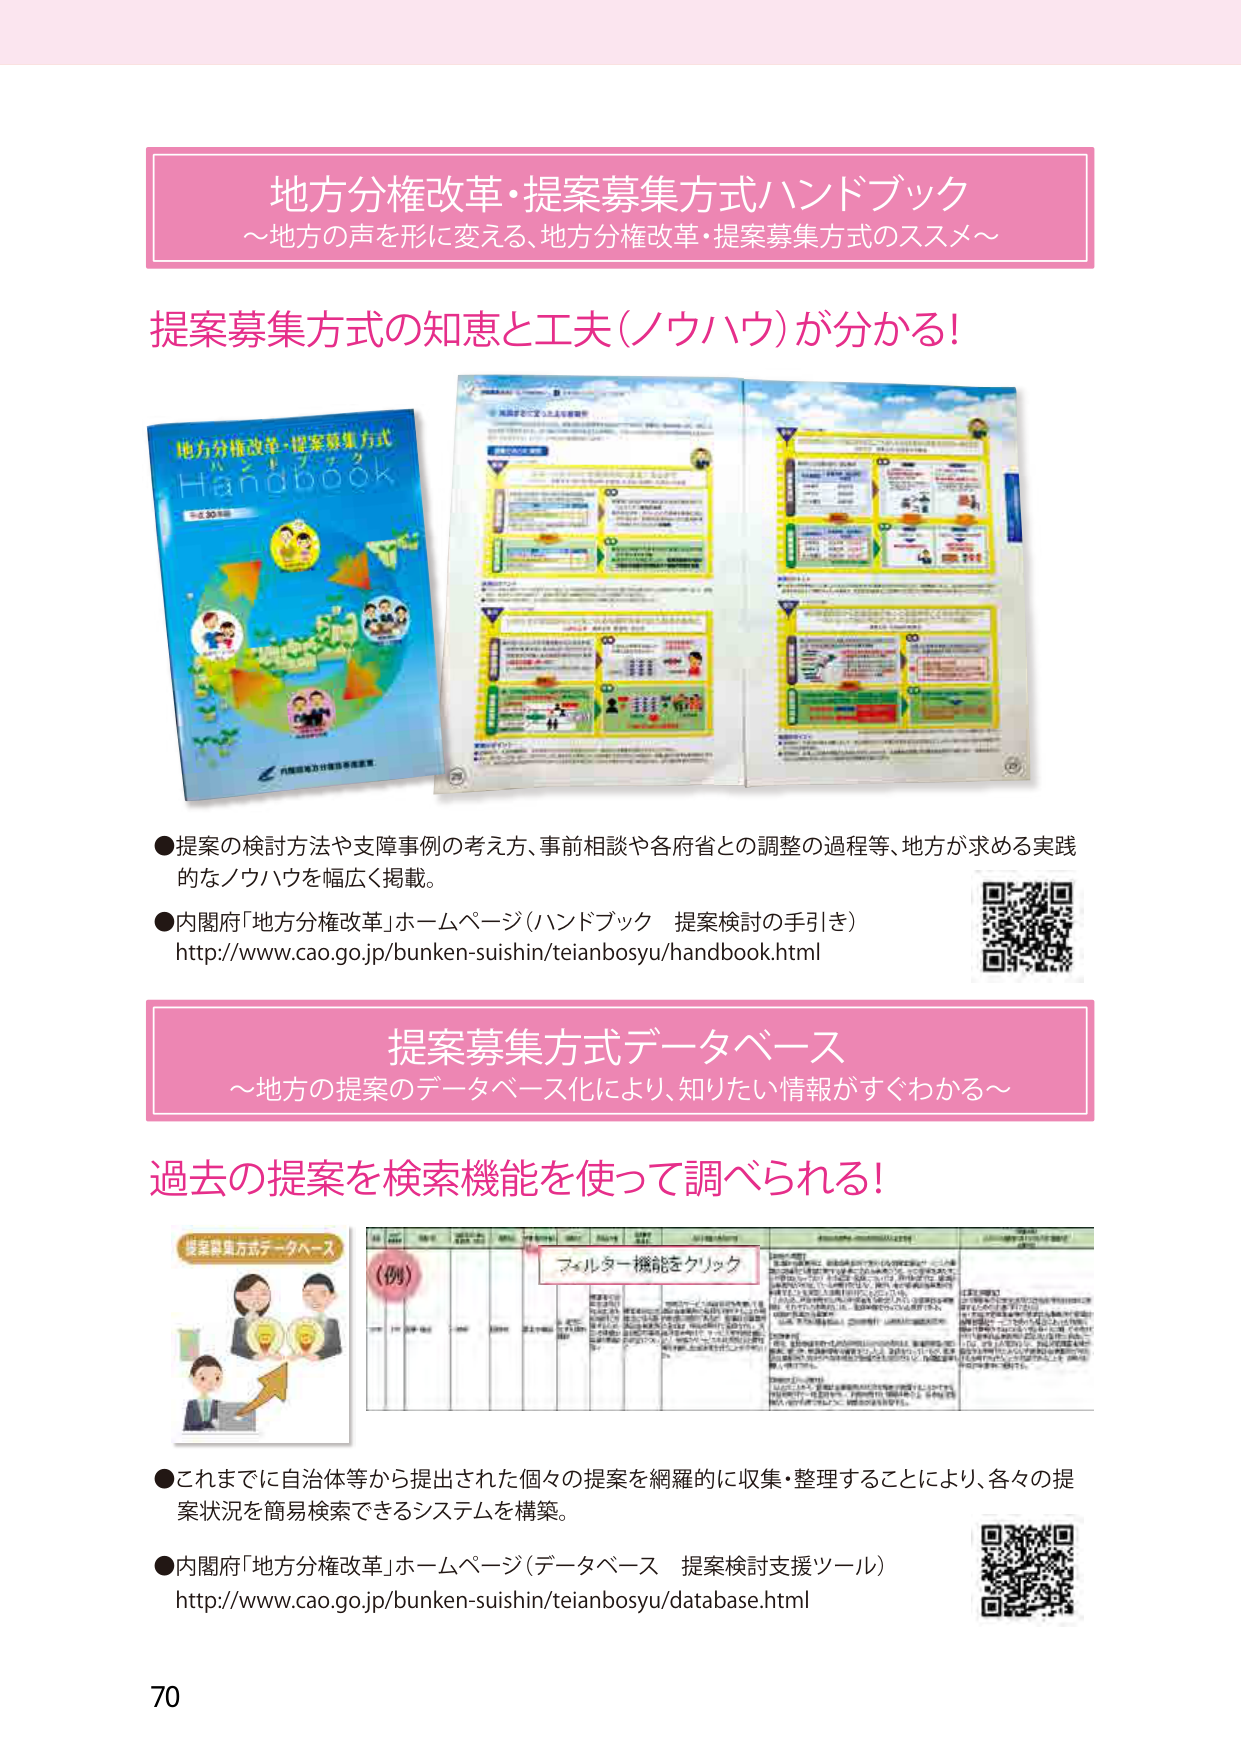
地方分権改革・提案募集方式ハンドブック
～地方の声を形に変える、地方分権改革・提案募集方式のススメ～

提案募集方式の知恵と工夫（ノウハウ）が分かる！

地方分権改革・提案募集方式
ハンドブック
Handbook
～全30項目～
内閣府地方分権推進事務局

●提案の検討方法や支障事例の考え方、事前相談や各府省との調整の過程等、地方が求める実践的なノウハウを幅広く掲載。
●内閣府「地方分権改革」ホームページ（ハンドブック 提案検討の手引き）
http://www.cao.go.jp/bunken-suishin/teianbosyu/handbook.html

提案募集方式データベース
～地方の提案のデータベース化により、知りたい情報がすぐわかる～

過去の提案を検索機能を使って調べられる！

提案募集方式データベース
（例）
フィルター機能をクリック

●これまでに自治体等から提出された個々の提案を網羅的に収集・整理することにより、各々の提案状況を簡易検索できるシステムを構築。
●内閣府「地方分権改革」ホームページ（データベース 提案検討支援ツール）
http://www.cao.go.jp/bunken-suishin/teianbosyu/database.html

70